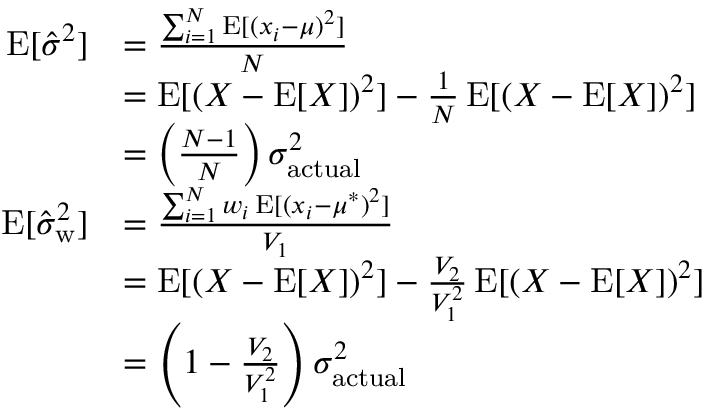
{ \begin{array} { r l } { \operatorname { E } [ { \hat { \sigma } } ^ { 2 } ] } & { = { \frac { \sum _ { i = 1 } ^ { N } \operatorname { E } [ ( x _ { i } - \mu ) ^ { 2 } ] } { N } } } \\ & { = \operatorname { E } [ ( X - \operatorname { E } [ X ] ) ^ { 2 } ] - { \frac { 1 } { N } } \operatorname { E } [ ( X - \operatorname { E } [ X ] ) ^ { 2 } ] } \\ & { = \left( { \frac { N - 1 } { N } } \right) \sigma _ { \mathrm { a c t u a l } } ^ { 2 } } \\ { \operatorname { E } [ { \hat { \sigma } } _ { \mathrm { w } } ^ { 2 } ] } & { = { \frac { \sum _ { i = 1 } ^ { N } w _ { i } \operatorname { E } [ ( x _ { i } - \mu ^ { * } ) ^ { 2 } ] } { V _ { 1 } } } } \\ & { = \operatorname { E } [ ( X - \operatorname { E } [ X ] ) ^ { 2 } ] - { \frac { V _ { 2 } } { V _ { 1 } ^ { 2 } } } \operatorname { E } [ ( X - \operatorname { E } [ X ] ) ^ { 2 } ] } \\ & { = \left( 1 - { \frac { V _ { 2 } } { V _ { 1 } ^ { 2 } } } \right) \sigma _ { \mathrm { a c t u a l } } ^ { 2 } } \end{array} }